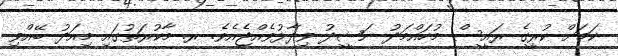
ކަމަށް ކުރީގެ ރައީސް މުހައްމަދު ނަޝީދު ވިދާޅުވެއްޖެއެވެ. ރ. މާކުރަތުގައި މިއަދު ބޭއްވި